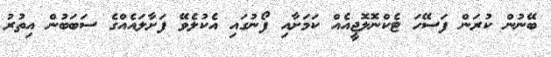
ބޭނުން ކުރަން ފަސޭހަ ޓެކްނޮލޮޖީއެއް ކަމަށާއި ފޯނުގައި އެކުލެވޭ ފަށާލައެއްގެ ސަބަބުން އިތުރު